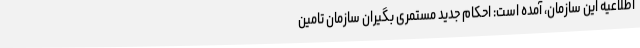
اطلاعیه این سازمان، آمده است: احکام جدید مستمری بگیران سازمان تامین